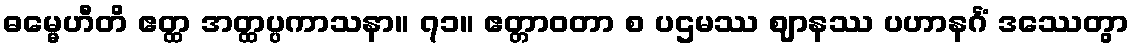
ဓမ္မေဟီတိ ဧတ္ထ အတ္ထပ္ပကာသနာ။ ၇၁။ ဧတ္တာဝတာ စ ပဌမဿ ဈာနဿ ပဟာနင်္ဂံ ဒဿေတွာ